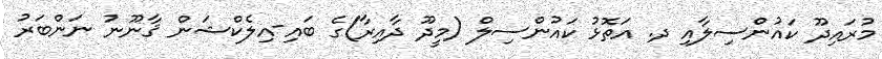
މުރައިދޫ ކައުންސިލާއި ދ. އަތޮޅު ކައުންސިލް (މީދޫ ދާއިރާ)ގެ ބައި-އިލެކްޝަން ޤާނޫނު ނަންބަރު